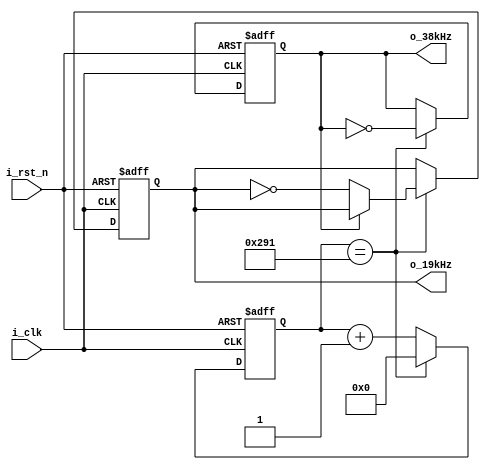
/*============================================================================*/
/*
 * @file    fm38_19gen.v
 * @brief   Pilot and carrier Generator
 * @note    
 * @date    2018/06/06
 * @author  kingyo
 */
/*============================================================================*/
module fm38_19kHz_gen (
    input           i_clk,  // 50MHz
    input           i_rst_n,
    output          o_38kHz,
    output          o_19kHz
    );
    
    
    reg     [11:0]  cnt1;
    reg             r38;
    reg             r19;
    
    wire            cnt_clr;
    
    assign cnt_clr = (cnt1 == 12'd657); // 50MHz / 38kHz / 2 - 1
    assign o_38kHz = r38;
    assign o_19kHz = r19;
    
    always @(posedge i_clk or negedge i_rst_n) begin
        if (~i_rst_n) begin
            cnt1 <= 12'd0;
            r38 <= 1'b0;
            r19 <= 1'b0;
        end
        else if (cnt_clr) begin
            cnt1 <= 12'd0;
            r38 <= ~r38;
            if (~r38) begin
                r19 <= ~r19;
            end
        end else begin
            cnt1 <= cnt1 + 12'd1;
        end
    end
    
endmodule